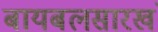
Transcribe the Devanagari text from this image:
बायबलसारखं